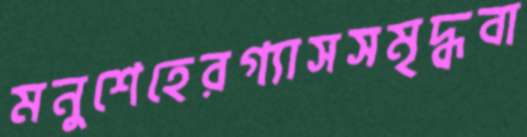
মনুশেহেরগ্যাসসমৃদ্ধবা